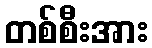
တစ်စီးအား